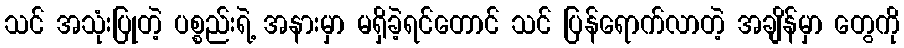
သင် အသုံးပြုတဲ့ ပစ္စည်းရဲ့ အနားမှာ မရှိခဲ့ရင်တောင် သင် ပြန်ရောက်လာတဲ့ အချိန်မှာ တွေကို